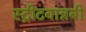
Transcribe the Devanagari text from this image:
स्ट्रीटवान्नबी